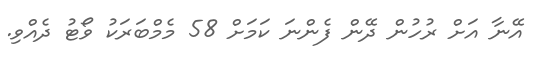
އޭނާ އަށް ރުހުން ދޭން ފެންނަ ކަމަށް 58 މެމްބަރަކު ވޯޓު ދެއްވި.